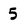
Character: 5